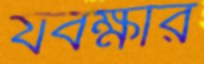
যবক্ষার